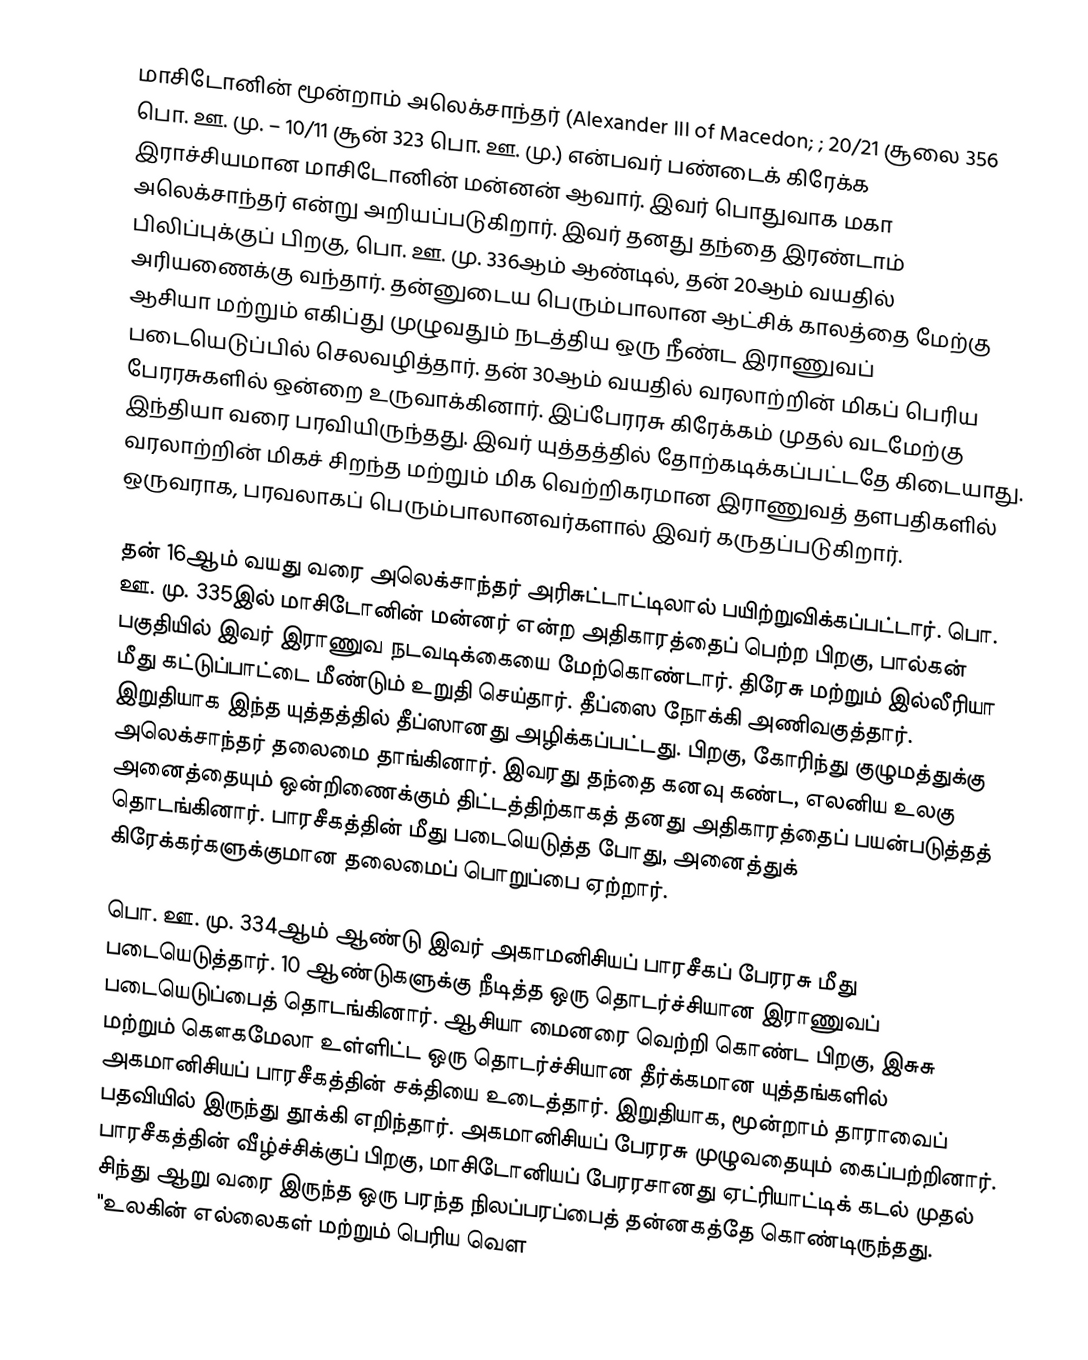
மாசிடோனின் மூன்றாம் அலெக்சாந்தர் (Alexander III of Macedon; ; 20/21 சூலை 356 பொ. ஊ. மு. – 10/11 சூன் 323 பொ. ஊ. மு.) என்பவர் பண்டைக் கிரேக்க இராச்சியமான மாசிடோனின் மன்னன் ஆவார். இவர் பொதுவாக மகா அலெக்சாந்தர் என்று அறியப்படுகிறார். இவர் தனது தந்தை இரண்டாம் பிலிப்புக்குப் பிறகு, பொ. ஊ. மு. 336ஆம் ஆண்டில், தன் 20ஆம் வயதில் அரியணைக்கு வந்தார். தன்னுடைய பெரும்பாலான ஆட்சிக் காலத்தை மேற்கு ஆசியா மற்றும் எகிப்து முழுவதும் நடத்திய ஒரு நீண்ட இராணுவப் படையெடுப்பில் செலவழித்தார். தன் 30ஆம் வயதில் வரலாற்றின் மிகப் பெரிய பேரரசுகளில் ஒன்றை உருவாக்கினார். இப்பேரரசு கிரேக்கம் முதல் வடமேற்கு இந்தியா வரை பரவியிருந்தது. இவர் யுத்தத்தில் தோற்கடிக்கப்பட்டதே கிடையாது. வரலாற்றின் மிகச் சிறந்த மற்றும் மிக வெற்றிகரமான இராணுவத் தளபதிகளில் ஒருவராக, பரவலாகப் பெரும்பாலானவர்களால் இவர் கருதப்படுகிறார்.

தன் 16ஆம் வயது வரை அலெக்சாந்தர் அரிசுட்டாட்டிலால் பயிற்றுவிக்கப்பட்டார். பொ. ஊ. மு. 335இல் மாசிடோனின் மன்னர் என்ற அதிகாரத்தைப் பெற்ற பிறகு, பால்கன் பகுதியில் இவர் இராணுவ நடவடிக்கையை மேற்கொண்டார். திரேசு மற்றும் இல்லீரியா மீது கட்டுப்பாட்டை மீண்டும் உறுதி செய்தார். தீப்ஸை நோக்கி அணிவகுத்தார். இறுதியாக இந்த யுத்தத்தில் தீப்ஸானது அழிக்கப்பட்டது. பிறகு, கோரிந்து குழுமத்துக்கு அலெக்சாந்தர் தலைமை தாங்கினார். இவரது தந்தை கனவு கண்ட, எலனிய உலகு அனைத்தையும் ஒன்றிணைக்கும் திட்டத்திற்காகத் தனது அதிகாரத்தைப் பயன்படுத்தத் தொடங்கினார். பாரசீகத்தின் மீது படையெடுத்த போது, அனைத்துக் கிரேக்கர்களுக்குமான தலைமைப் பொறுப்பை ஏற்றார்.

பொ. ஊ. மு. 334ஆம் ஆண்டு இவர் அகாமனிசியப் பாரசீகப் பேரரசு மீது படையெடுத்தார். 10 ஆண்டுகளுக்கு நீடித்த ஒரு தொடர்ச்சியான இராணுவப் படையெடுப்பைத் தொடங்கினார். ஆசியா மைனரை வெற்றி கொண்ட பிறகு, இசுசு மற்றும் கௌகமேலா உள்ளிட்ட ஒரு தொடர்ச்சியான தீர்க்கமான யுத்தங்களில் அகமானிசியப் பாரசீகத்தின் சக்தியை உடைத்தார். இறுதியாக, மூன்றாம் தாராவைப் பதவியில் இருந்து தூக்கி எறிந்தார். அகமானிசியப் பேரரசு முழுவதையும் கைப்பற்றினார். பாரசீகத்தின் வீழ்ச்சிக்குப் பிறகு, மாசிடோனியப் பேரரசானது ஏட்ரியாட்டிக் கடல் முதல் சிந்து ஆறு வரை இருந்த ஒரு பரந்த நிலப்பரப்பைத் தன்னகத்தே கொண்டிருந்தது. "உலகின் எல்லைகள் மற்றும் பெரிய வெள